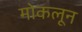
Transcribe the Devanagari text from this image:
मोकलून